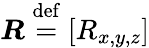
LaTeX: \boldsymbol{R}\stackrel{\mathrm{def}}{=}[R_{x,y,z}]